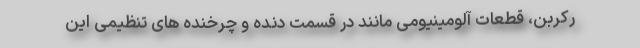
رکربن، قطعات آلومینیومی مانند در قسمت دنده و چرخنده های تنظیمی این